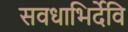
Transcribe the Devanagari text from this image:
सवधाभिर्देवि